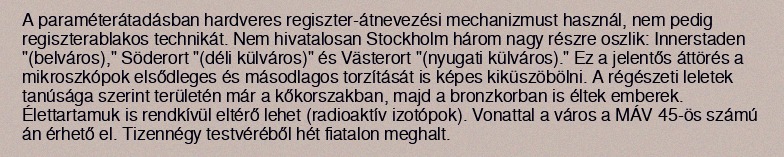
A paraméterátadásban hardveres regiszter-átnevezési mechanizmust használ, nem pedig regiszterablakos technikát. Nem hivatalosan Stockholm három nagy részre oszlik: Innerstaden "(belváros)," Söderort "(déli külváros)" és Västerort "(nyugati külváros)." Ez a jelentős áttörés a mikroszkópok elsődleges és másodlagos torzítását is képes kiküszöbölni. A régészeti leletek tanúsága szerint területén már a kőkorszakban, majd a bronzkorban is éltek emberek. Élettartamuk is rendkívül eltérő lehet (radioaktív izotópok). Vonattal a város a MÁV 45-ös számú án érhető el. Tizennégy testvéréből hét fiatalon meghalt.